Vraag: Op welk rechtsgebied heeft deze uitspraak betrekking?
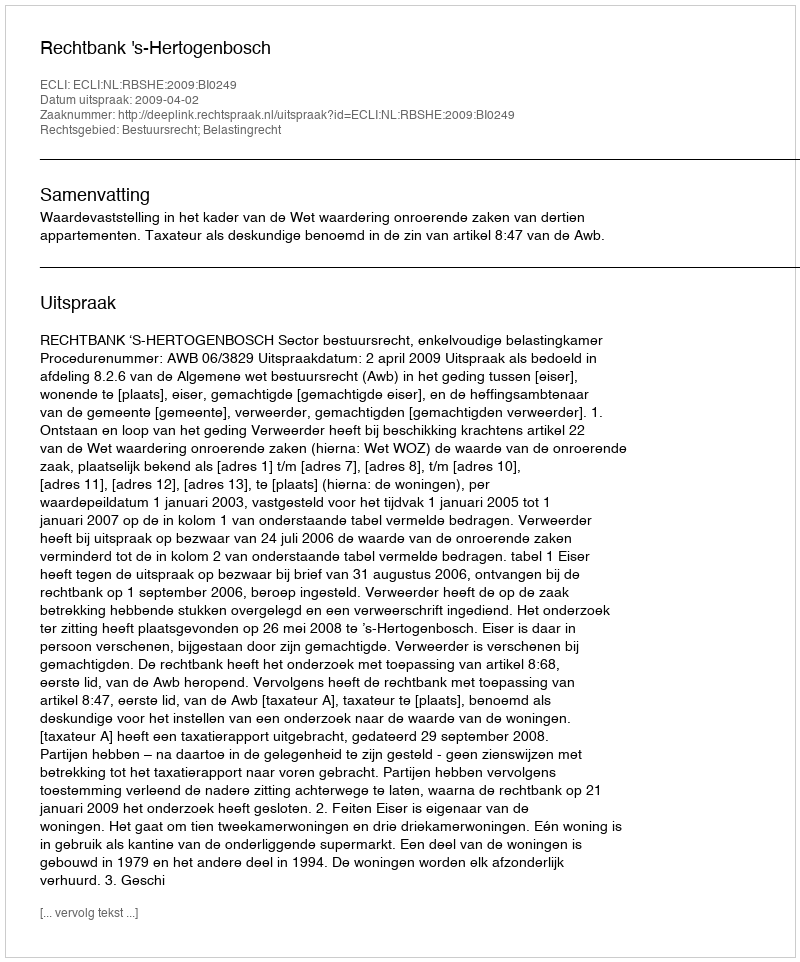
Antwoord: Bestuursrecht; Belastingrecht